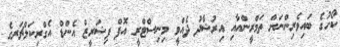
ކޯހުގެ ބައިވެރިންނަށް ތަމްރީންއާއި އިރުޝާދު ދެއްވީ މިނިސްޓްރީ އޮފް ފިޝަރީޒް އެންޑް އެގްރިކަލްޗަރގެ